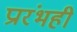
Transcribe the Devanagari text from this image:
प्रारंभही